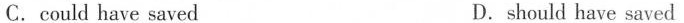
C.could have saved D.should have saved